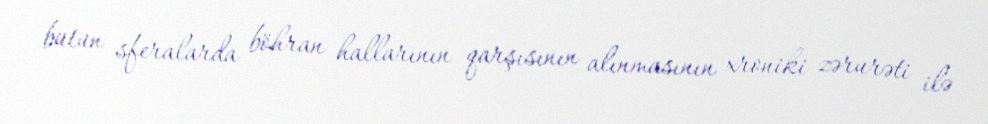
bütün sferalarda böhran hallarının qarşısının alınmasının xroniki zərurəti ilə